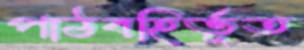
পাঠবহির্ভূত